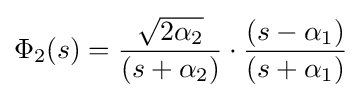
\Phi _{2}(s)={\frac {\sqrt {2\alpha _{2}}}{(s+\alpha _{2})}}\cdot {\frac {(s-\alpha _{1})}{(s+\alpha _{1})}}